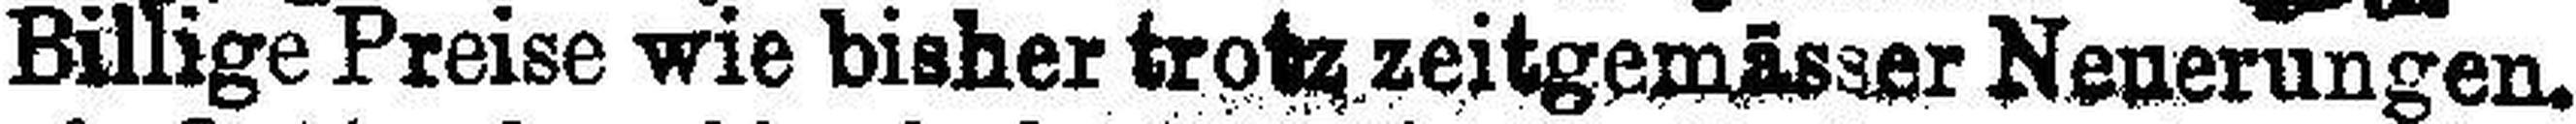
Billige Preise wie bisher trotz zeitgemässer Neuerungen.